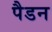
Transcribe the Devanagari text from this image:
पैडन